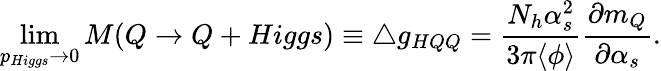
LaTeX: \operatorname*{lim}_{p_{Higgs}\rightarrow 0}M(Q\rightarrow Q+Higgs)\equiv\bigtriangleup g_{HQQ}={\frac{N_{h}\alpha_{s}^{2}}{3\pi\langle\phi\rangle}}{\frac{\partial m_{Q}}{\partial\alpha_{s}}}.